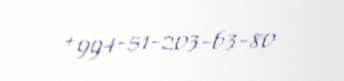
+994-51-203-63-80